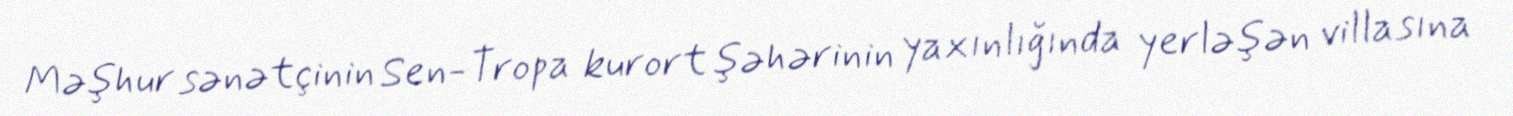
Məşhur sənətçinin Sen-Tropa kurort şəhərinin yaxınlığında yerləşən villasına